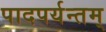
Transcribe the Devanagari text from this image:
पादपर्यन्तम्‌